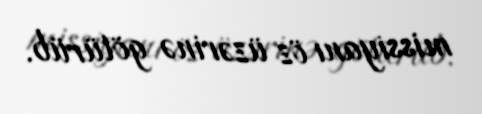
missiyanı öz üzərinə götürüb.